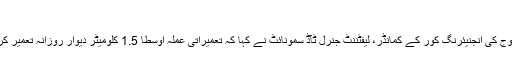
”
امریکی فوج کی انجنیئرنگ کور کے کمانڈر، لیفٹننٹ جنرل ٹآڈ سمونائٹ نے کہا کہ تعمیراتی عملہ اوسطاً 1.5 کلومیٹر دیوار روزانہ تعمیر کر رہا ہے۔